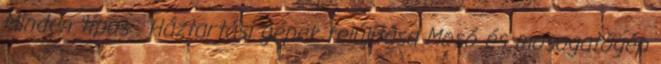
Minden típus . Háztartási gépek felújítása Mosó és mosogatógép